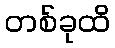
တစ်ခုထိ